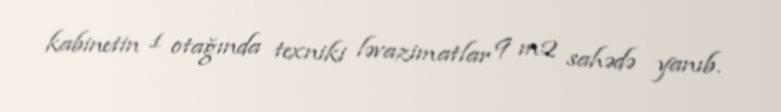
kabinetin 1 otağında texniki ləvazimatlar 9 m2 sahədə yanıb.